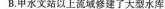
B.甲水文站以上流域修建了大型水库